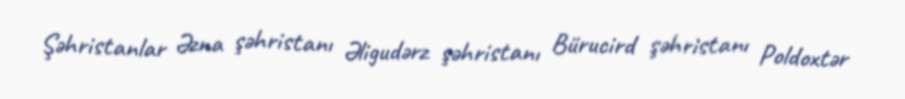
Şəhristanlar Əzna şəhristanı Əligudərz şəhristanı Bürucird şəhristanı Poldoxtər